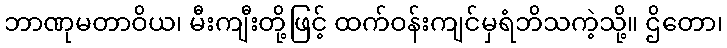
ဘာဏုမတာဝိယ၊ မီးကျီးတို့ဖြင့် ထက်ဝန်းကျင်မှရံဘိသကဲ့သို့။ ဌိတော၊